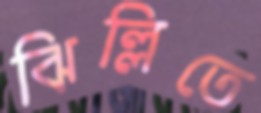
ঝিল্লিতে